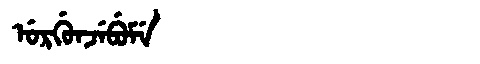
Manchu: ᡠᡵᡤᡠᠨᠵᡝᠪᡠᠮᡝ
Romanization: URGUNJEBUME